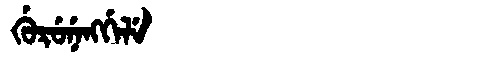
Manchu: ᡤᡠᡵᡠᠨᡝᠩᡤᡝᠯᡝ
Romanization: GURUNENGGELE